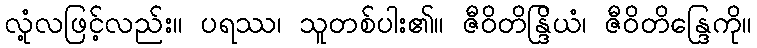
လုံ့လဖြင့်လည်း။ ပရဿ၊ သူတစ်ပါး၏။ ဇီဝိတိန္ဒြိယံ၊ ဇီဝိတိန္ဒြေကို။